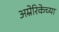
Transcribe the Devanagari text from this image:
अम्रेरिकेच्या